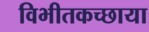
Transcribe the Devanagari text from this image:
विभीतकच्छाया